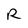
Character: R